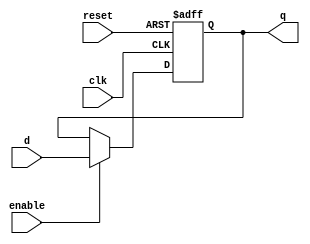
module flipflop#(
	parameter WIDTH = 32
)
(
	input [WIDTH-1:0] d,
	input clk,
	input reset,
	input enable,
	output [WIDTH-1:0] q
);
	reg [WIDTH-1:0] q6;
always @(posedge clk or negedge reset) begin
	if (!reset)
		q6 <= 0;
	else if(enable)
		q6 <= d;
	end
	assign q = q6;
endmodule